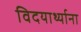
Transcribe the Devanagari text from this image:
विदयार्थ्याना